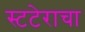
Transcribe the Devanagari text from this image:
स्टटेराचा